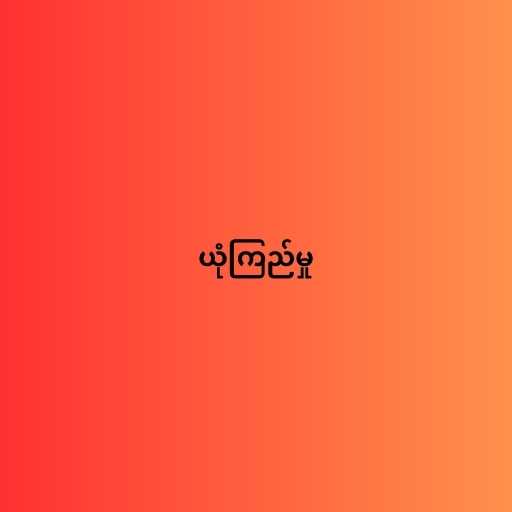
ယုံကြည်မှု